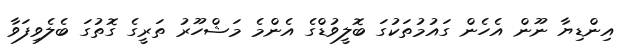
އިންޑިޔާ ނޫން އެހެން ގައުމުތަކުގަ ބޮލީވުޑްގެ އެންމެ މަޝްހޫރު ތަރީގެ ގޮތުގަ ބެލެވިފަވާ